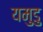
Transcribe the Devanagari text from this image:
यमुडु